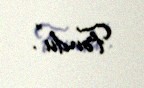
Fondu".